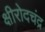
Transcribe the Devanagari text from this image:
क्षीरोदचंद्र